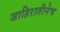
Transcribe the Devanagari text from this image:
जाहिरातीनेच